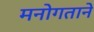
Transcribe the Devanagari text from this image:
मनोगताने